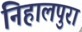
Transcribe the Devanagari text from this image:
निहालपुरा